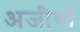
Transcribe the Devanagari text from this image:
अजीबों